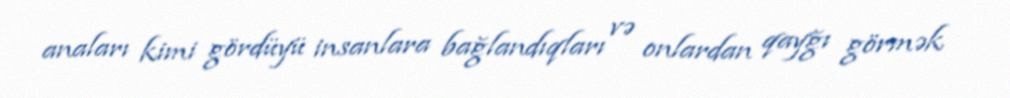
anaları kimi gördüyü insanlara bağlandıqları və onlardan qayğı görmək